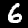
Digit: 6